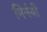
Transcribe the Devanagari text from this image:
मिर्नयी